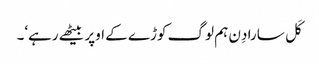
کَل سارا دِن ہم لوگ کوڑے کے اوپر بیٹھے رہے‘۔